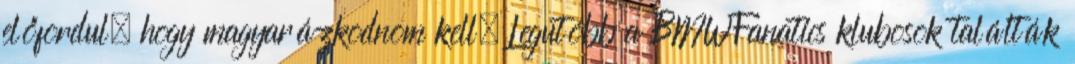
előfordul, hogy magyarázkodnom kell. Legutóbb a BMWFanatics klubosok találták